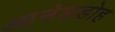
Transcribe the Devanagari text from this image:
आनंडडोह